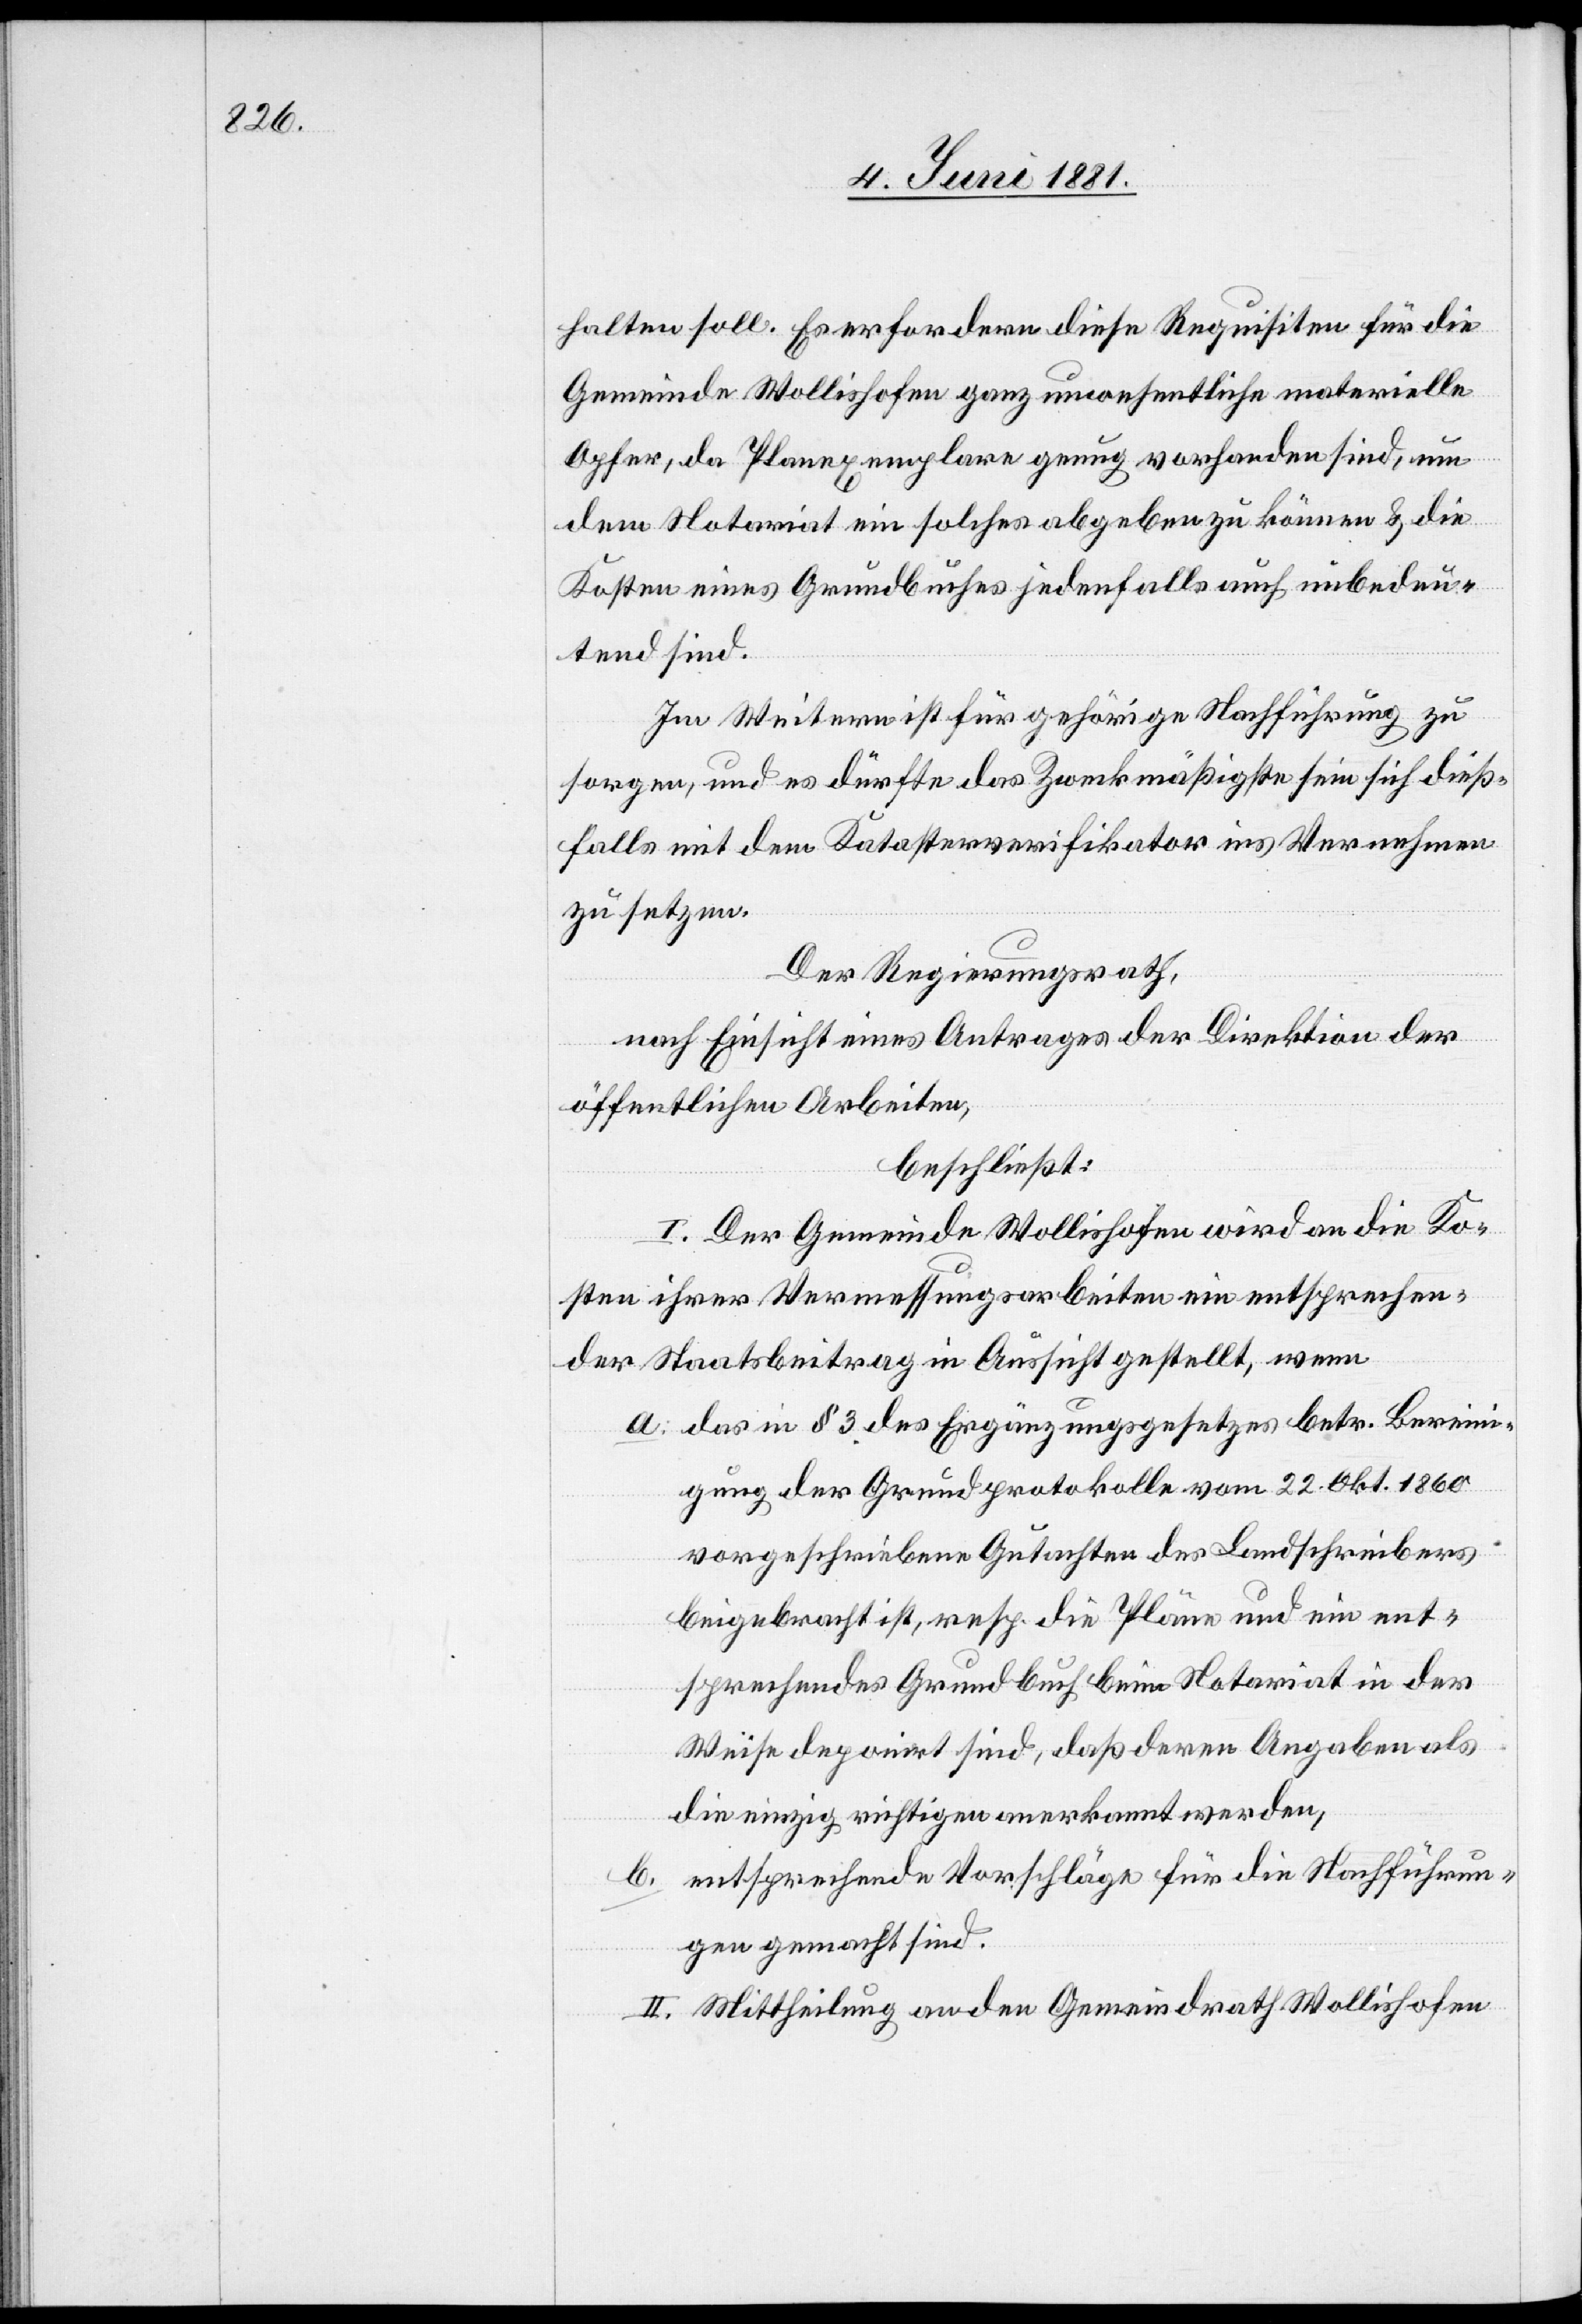
halten soll. Es erfordern diese Requisiten für die
Gemeinde Wollishofen ganz unwesentliche materielle
Opfer, da Planexemplare genug vorhanden sind, um
dem Notariat ein solches abgeben zu können & die
Kosten eines Grundbuches jedenfalls auch unbedeu¬
tend sind.
Im Weitern ist für gehörige Nachführung zu
sorgen, und es dürfte das Zweckmäßigste sein sich dieß¬
falls mit dem Katasterverifikator ins Vernehmen
zu setzen.
Der Regierungsrath,
nach Einsicht eines Antrages der Direktion der
öffentlichen Arbeiten,
beschließt:
I. Der Gemeinde Wollishofen wird an die Ko¬
sten ihrer Vermessungsarbeiten ein entsprechen¬
der Staatsbeitrag in Aussicht gestellt, wenn
a. das in § 3 des Ergänzungsgesetzes betr. Berein¬
igung der Grundprotokolle vom 22. Oktober. 1860
vorgeschriebene Gutachten des Landschreibers
beigebracht ist, resp. die Pläne und ein ent¬
sprechendes Grundbuch beim Notariat in der
Weise deponirt sind, daß deren Angaben als
die einzig richtigen anerkannt werden,
b. entsprechende Vorschläge für die Nachführun¬
gen gemacht sind.
II. Mittheilung an den Gemeindrath Wollishofen